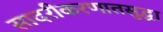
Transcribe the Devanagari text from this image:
सादरीकरणातसुद्धा